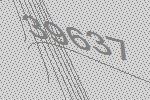
39637